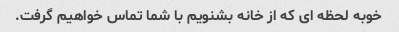
خوبه لحظه ای که از خانه بشنویم با شما تماس خواهیم گرفت.